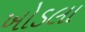
ખોડલા